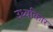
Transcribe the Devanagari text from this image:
उर्ध्वाकार